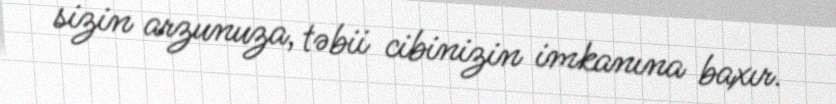
sizin arzunuza, təbii cibinizin imkanına baxır.